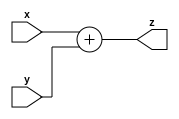
module add (x,y,z);
	input [31:0] x;
	input [31:0] y;
	output [31:0] z;
	
	assign z = x+y;
	
endmodule